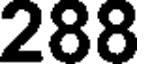
288